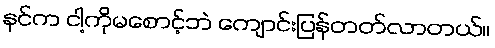
နင်က ငါ့ကိုမစောင့်ဘဲ ကျောင်းပြန်တတ်လာတယ်။